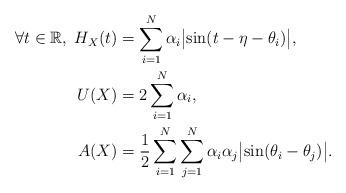
LaTeX: \begin{align*}\forall t\in\mathbb{R},\; H_{X}(t)&=\sum_{i=1}^N\alpha_i\bigl\vert\sin (t-\eta-\theta_i )\bigr\vert,\\U(X)&=2\sum_{i=1}^N \alpha_i,\\A(X)&=\frac{1}{2}\sum_{i=1}^N \sum_{j=1}^N\alpha_i\alpha_j\bigl\vert\sin (\theta_i-\theta_j)\bigr\vert.\end{align*}